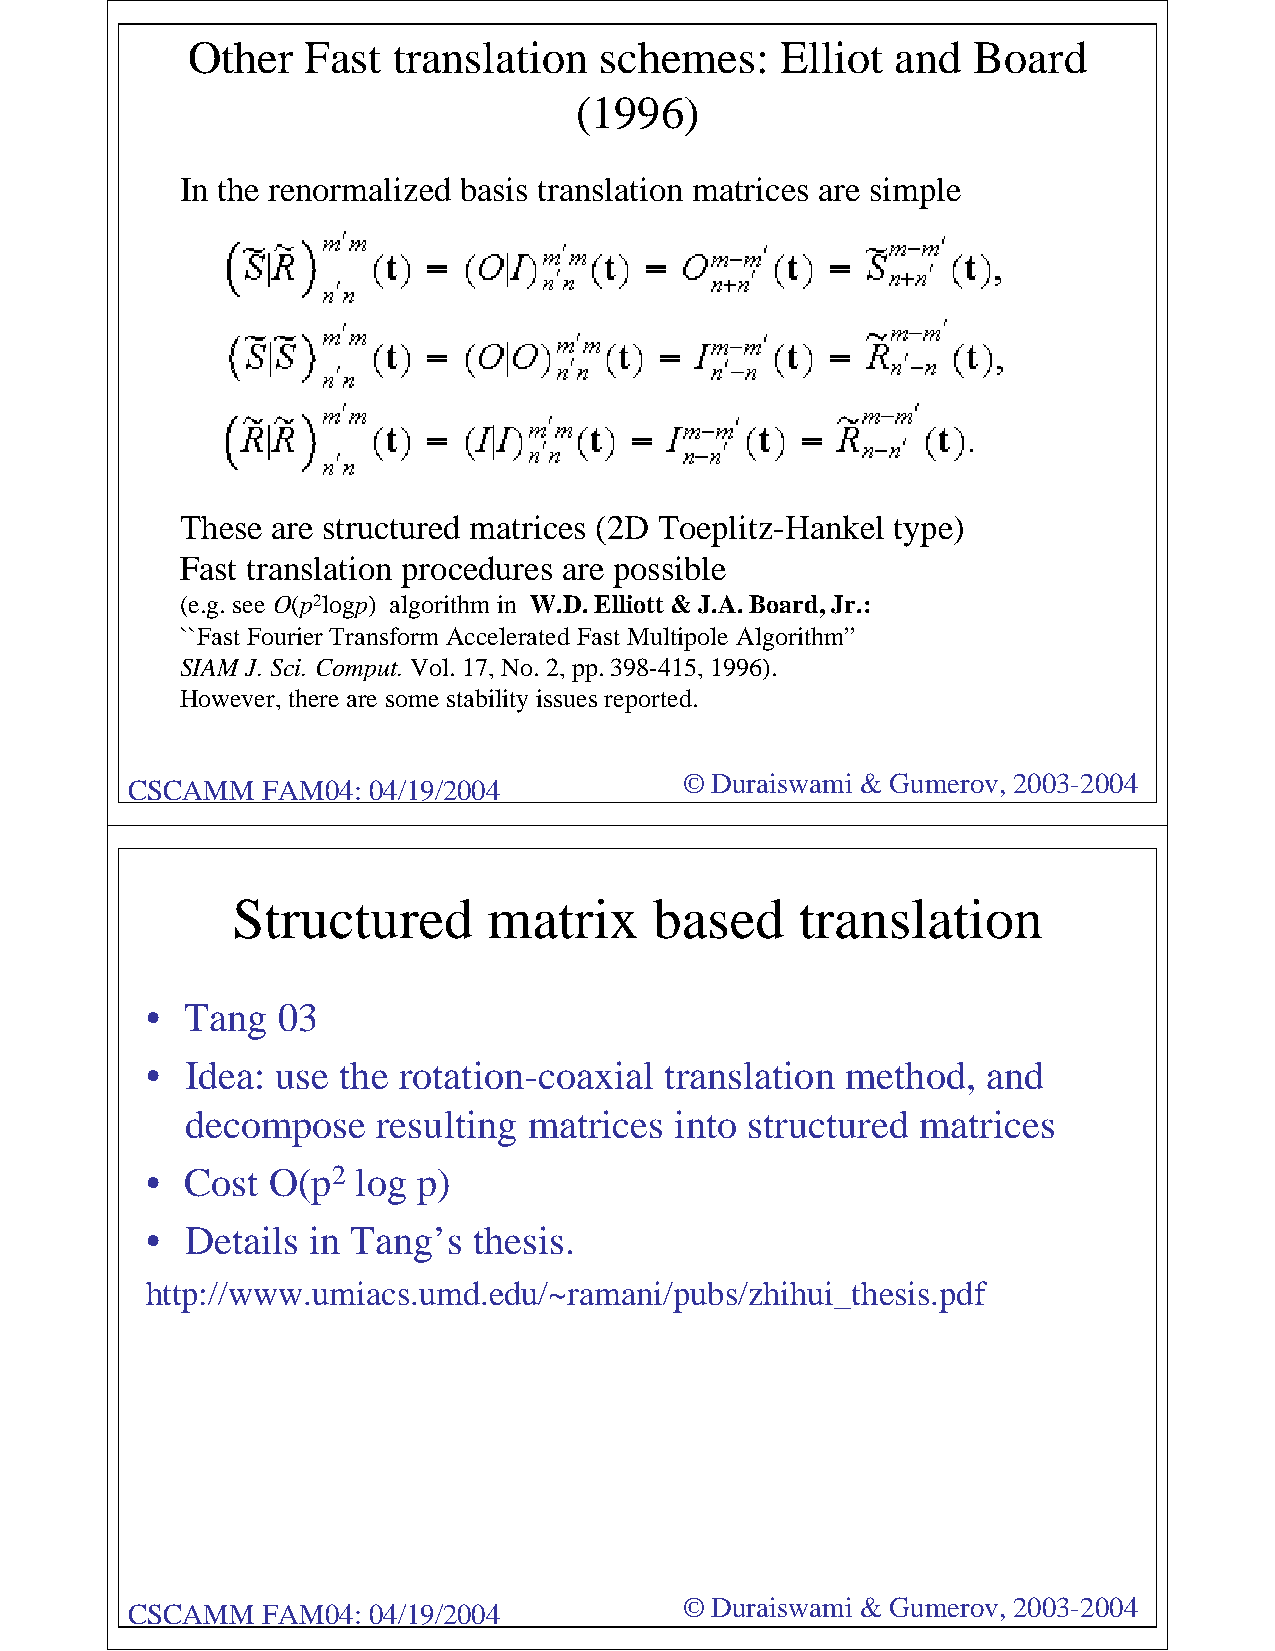
Other   Fast  translation   schemes:    Elliot and  Board
 (1996)
 In the renormalized basis translation matrices are simple
 These are structured matrices (2D Toeplitz-Hankel type)
 Fast translation procedures are possible
 (e.g. see O(p2logp) algorithm in W.D. Elliott & J.A. Board, Jr.:
 ``Fast Fourier Transform Accelerated Fast Multipole Algorithm”
 SIAM J. Sci. Comput. Vol. 17, No. 2, pp. 398-415, 1996).
 However, there are some stability issues reported.
 © Duraiswami & Gumerov, 2003-2004
 CSCAMM   FAM04: 04/19/2004
 Structured       matrix     based     translation
 • Tang  03
 • Idea: use the rotation-coaxial  translation method,  and
 decompose    resulting matrices  into structured matrices
 • Cost  O(p2  log p)
 • Details in Tang’s  thesis.
 http://www.umiacs.umd.edu/~ramani/pubs/zhihui_thesis.pdf
 © Duraiswami & Gumerov, 2003-2004
 CSCAMM   FAM04: 04/19/2004